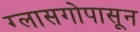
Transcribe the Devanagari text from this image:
ग्लासगोपासून